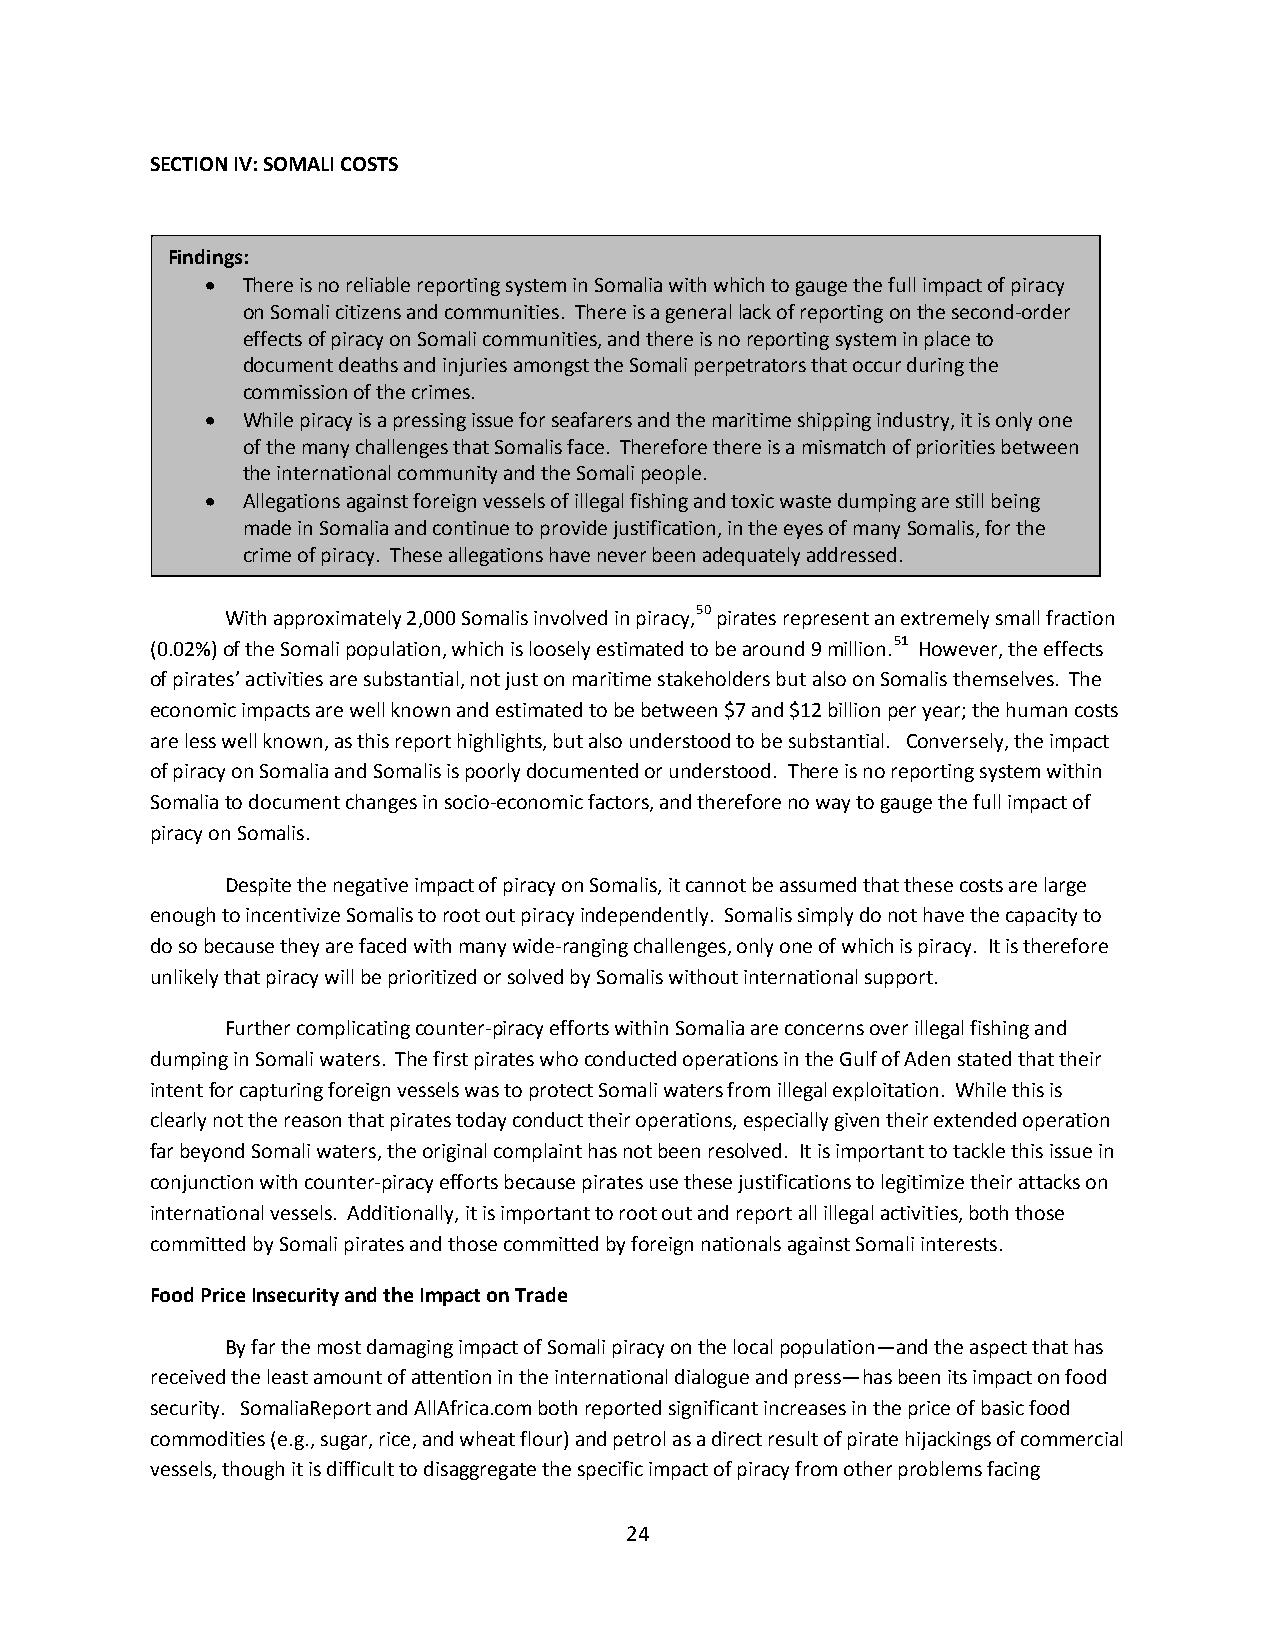
SECTION IV: SOMALI COSTS
 Findings:
 • There is no reliable reporting system in Somalia with which to gauge the full impact of piracy
 on Somali citizens and communities. There is a general lack of reporting on the second-order
 effects of piracy on Somali communities, and there is no reporting system in place to
 document deaths and injuries amongst the Somali perpetrators that occur during the
 commission of the crimes.
 • While piracy is a pressing issue for seafarers and the maritime shipping industry, it is only one
 of the many challenges that Somalis face. Therefore there is a mismatch of priorities between
 the international community and the Somali people.
 • Allegations against foreign vessels of illegal fishing and toxic waste dumping are still being
 made in Somalia and continue to provide justification, in the eyes of many Somalis, for the
 crime of piracy. These allegations have never been adequately addressed.
 With approximately 2,000 Somalis involved in piracy,50 pirates represent an extremely small fraction
 (0.02%) of the Somali population, which is loosely estimated to be around 9 million.51 However, the effects
 of pirates’ activities are substantial, not just on maritime stakeholders but also on Somalis themselves. The
 economic impacts are well known and estimated to be between $7 and $12 billion per year; the human costs
 are less well known, as this report highlights, but also understood to be substantial. Conversely, the impact
 of piracy on Somalia and Somalis is poorly documented or understood. There is no reporting system within
 Somalia to document changes in socio-economic factors, and therefore no way to gauge the full impact of
 piracy on Somalis.
 Despite the negative impact of piracy on Somalis, it cannot be assumed that these costs are large
 enough to incentivize Somalis to root out piracy independently. Somalis simply do not have the capacity to
 do so because they are faced with many wide-ranging challenges, only one of which is piracy. It is therefore
 unlikely that piracy will be prioritized or solved by Somalis without international support.
 Further complicating counter-piracy efforts within Somalia are concerns over illegal fishing and
 dumping in Somali waters. The first pirates who conducted operations in the Gulf of Aden stated that their
 intent for capturing foreign vessels was to protect Somali waters from illegal exploitation. While this is
 clearly not the reason that pirates today conduct their operations, especially given their extended operation
 far beyond Somali waters, the original complaint has not been resolved. It is important to tackle this issue in
 conjunction with counter-piracy efforts because pirates use these justifications to legitimize their attacks on
 international vessels. Additionally, it is important to root out and report all illegal activities, both those
 committed by Somali pirates and those committed by foreign nationals against Somali interests.
 Food Price Insecurity and the Impact on Trade
 By far the most damaging impact of Somali piracy on the local population—and the aspect that has
 received the least amount of attention in the international dialogue and press—has been its impact on food
 security. SomaliaReport and AllAfrica.com both reported significant increases in the price of basic food
 commodities (e.g., sugar, rice, and wheat flour) and petrol as a direct result of pirate hijackings of commercial
 vessels, though it is difficult to disaggregate the specific impact of piracy from other problems facing
 24